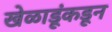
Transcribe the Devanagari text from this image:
खेळाडूंकडून